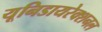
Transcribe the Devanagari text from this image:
यूनिडायरेक्शनल